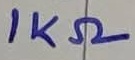
Text: 1KΩ